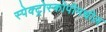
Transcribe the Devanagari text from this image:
स्पेक्ट्रोस्कोपीमधील